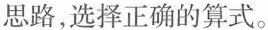
思路，选择正确的算式。